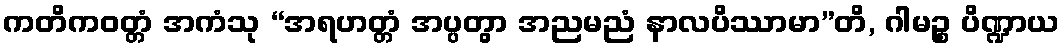
ကတိကဝတ္တံ အကံသု “အရဟတ္တံ အပ္ပတွာ အညမညံ နာလပိဿာမာ”တိ, ဂါမဉ္စ ပိဏ္ဍာယ